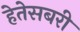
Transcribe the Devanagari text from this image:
हेतेसबरी